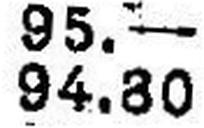
94.80